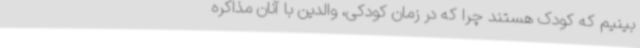
‌بینیم که کودک هستند چرا که در زمان کودکی، والدین با آنان مذاکره